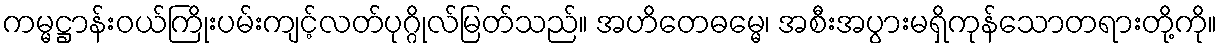
ကမ္မဋ္ဌာန်းဝယ်ကြိုးပမ်းကျင့်လတ်ပုဂ္ဂိုလ်မြတ်သည်။ အဟိတေဓမ္မေ၊ အစီးအပွားမရှိကုန်သောတရားတို့ကို။